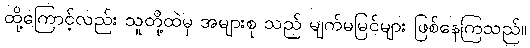
ထို့ကြောင့်လည်း သူတို့ထဲမှ အများစု သည် မျက်မမြင်များ ဖြစ်နေကြသည်။